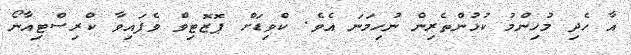
އާ ހެދި މުހިންމު ކުޅުންތެރިން ނުހިމަނަ އެވެ. ކްވިޑަށް ޕޮޒޮޓިވް ވެފައިވާ ކްރިސްޓިއާނޯ